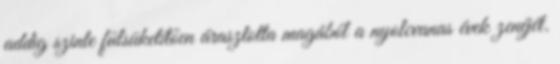
addig szinte fülsüketítően árasztotta magából a nyolcvanas évek zenéjét.